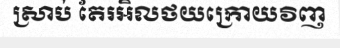
ស្រាប់ តែរអិលថយក្រោយវិញ